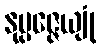
နုပ္ပဇ္ဇေယျုံ